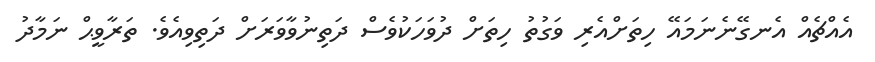
އެއްޗެއް އެނގޭނެނަމައޭ ހިތަށްއެރި ވަގުތު ހިތަށް ދުވަހަކުވެސް ދަތިނުވާވަރަށް ދަތިވިއެވެ. ތަރާވީޙް ނަމާދު